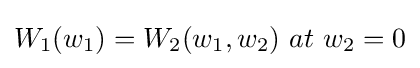
W_{1}(w_{1})=W_{2}(w_{1},w_{2})\ at\ w_{2}=0